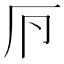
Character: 𠨳